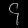
Digit: ၄